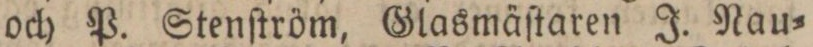
och P. Stenſtröm, Glasmäſtaren J. Nau=